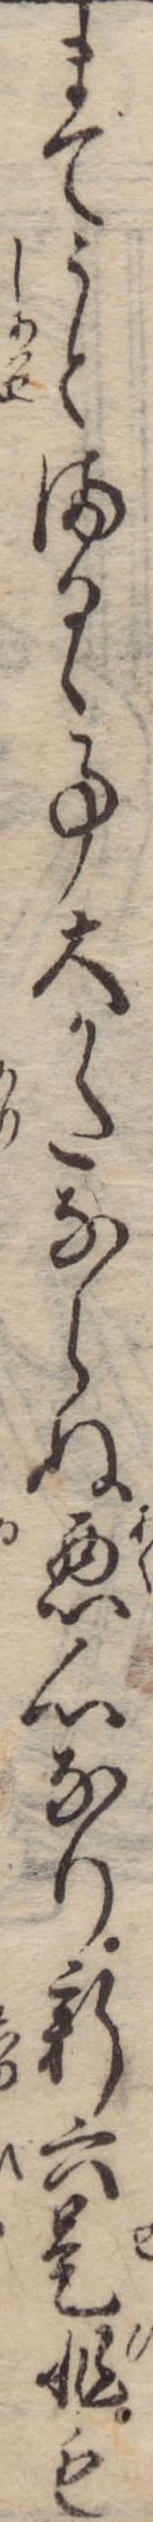
までうとまるゝ事大かたならぬ悪心なり新六是非も